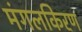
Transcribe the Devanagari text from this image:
मंगलकिरण